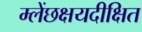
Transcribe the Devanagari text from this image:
म्लेंछक्षयदीक्षित